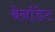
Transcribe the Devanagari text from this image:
बेर्नाडेट